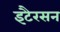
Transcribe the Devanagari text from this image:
इटैरसन